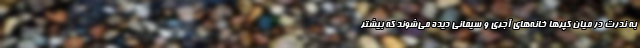
به ندرت در میان کپر‌ها خانه‌های آجری و سیمانی دیده می‌شوند که بیشتر